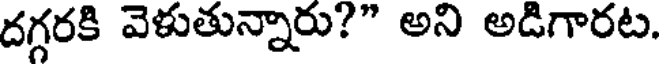
దగ్గరకి వెళుతున్నారు?" అని అడిగారట.